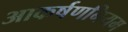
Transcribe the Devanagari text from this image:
आकर्षणनियम